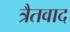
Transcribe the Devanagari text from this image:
त्रैतवाद